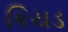
કિચડ